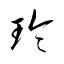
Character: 玲